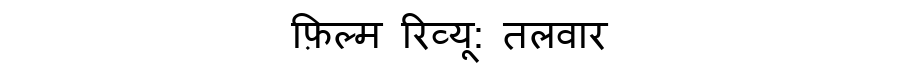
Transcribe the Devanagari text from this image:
फ़िल्म रिव्यू: तलवार